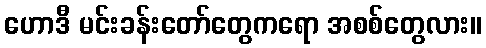
ဟောဒီ မင်းခန်းတော်တွေကရော အစစ်တွေလား။